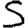
Digit: 5